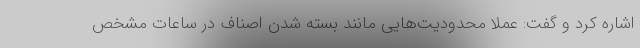
اشاره کرد و گفت: عملا محدودیت‌هایی مانند بسته شدن اصناف در ساعات مشخص